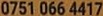
0751 066 4417